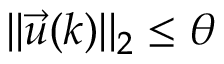
| | \vec { u } ( k ) | | _ { 2 } \leq \theta